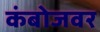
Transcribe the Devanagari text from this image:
कंबोजवर